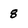
Character: 8